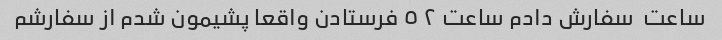
ساعت  سفارش دادم ساعت ٢ ٥ فرستادن واقعا پشیمون شدم از سفارشم